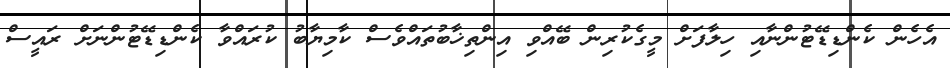
އެހެން ކެންޑިޑޭޓުންނާއި ހިލާފަށް މީގެކުރިން ބޭއްވި އިންތިޚާބުތައްވެސް ކާމިޔާބު ކުރައްވާ ކެންޑިޑޭޓުންނަށް ރައީސް